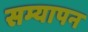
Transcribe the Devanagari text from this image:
सम्यापन